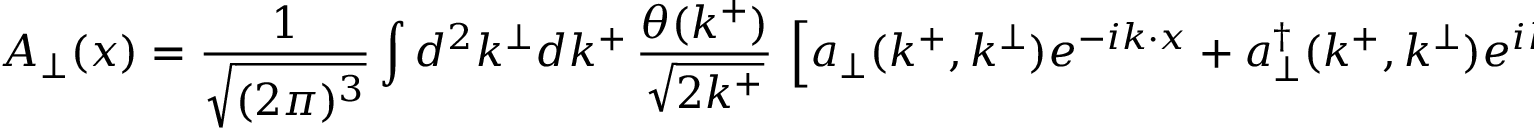
A _ { \perp } ( x ) = { \frac { 1 } { \sqrt { ( 2 \pi ) ^ { 3 } } } } \int d ^ { 2 } k ^ { \perp } d k ^ { + } \, { \frac { \theta ( k ^ { + } ) } { \sqrt { 2 k ^ { + } } } } \, \left[ a _ { \perp } ( k ^ { + } , k ^ { \perp } ) e ^ { - i { k } \cdot { x } } + a _ { \perp } ^ { \dag } ( k ^ { + } , k ^ { \perp } ) e ^ { i { k } \cdot { x } } \right]